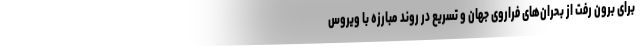
برای برون رفت از بحران‌های فراروی جهان و تسریع در روند مبارزه با ویروس